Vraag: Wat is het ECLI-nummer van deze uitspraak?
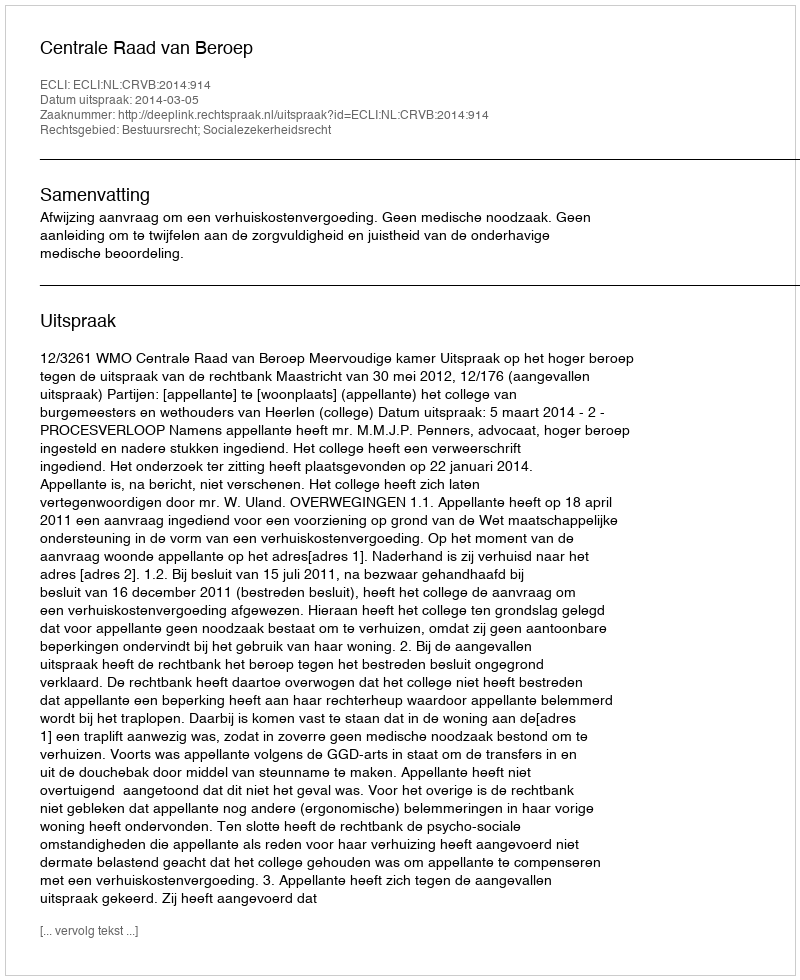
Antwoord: ECLI:NL:CRVB:2014:914